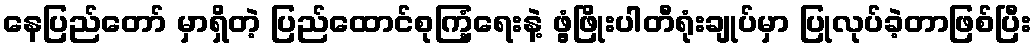
နေပြည်တော် မှာရှိတဲ့ ပြည်ထောင်စုကြံ့ရေးနဲ့ ဖွံ့ဖြိုးပါတီရုံးချုပ်မှာ ပြုလုပ်ခဲ့တာဖြစ်ပြီး